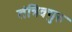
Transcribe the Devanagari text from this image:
तंत्रिक्गुरु